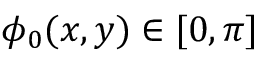
\phi _ { 0 } ( x , y ) \in [ 0 , \pi ]